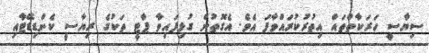
ސިޔާސީ ހަރަކާތްތައް އިތުރުކުރައްވާފަ އެވެ. އެގޮތުން ގުޅިފައިވާ ޕާޓީ ތަކުގެ ރިޔާސީ ކެންޑިޑޭޓާއި